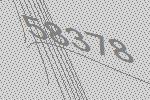
58378